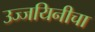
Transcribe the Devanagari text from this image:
उज्जयिनीचा